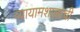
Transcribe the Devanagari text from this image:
व्यायामशाळाची